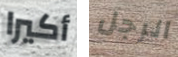
أكيرا الرجل